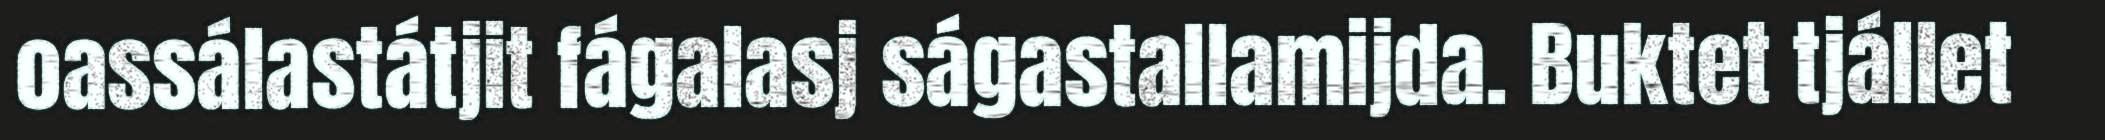
oassálastátjit fágalasj ságastallamijda. Buktet tjállet